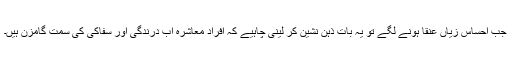
جب احساس زیاں عنقا ہونے لگے تو یہ بات ذہن نشین کر لینی چاہیے کہ افراد معاشرہ اب درندگی اور سفاکی کی سمت گامزن ہیں۔